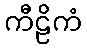
ကီဠိကံ